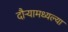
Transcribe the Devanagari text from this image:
दौर्‍यामध्यल्या